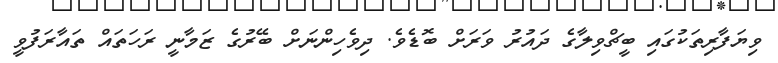
ވިޔަފާރިތަކުގައި ބީޗްވިލާގެ ދައުރު ވަރަށް ބޮޑެވެ. ދިވެހިންނަށް ބޭރުގެ ޒަމާނީ ރަހަތައް ތައާރަފުވީ